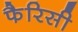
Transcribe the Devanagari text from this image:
फैरिसी